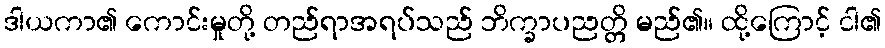
ဒါယကာ၏ ကောင်းမှုတို့ တည်ရာအရပ်သည် ဘိက္ခာပညတ္တိ မည်၏။ ထို့ကြောင့် ငါ၏